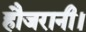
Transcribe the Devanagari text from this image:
हौजरानी।